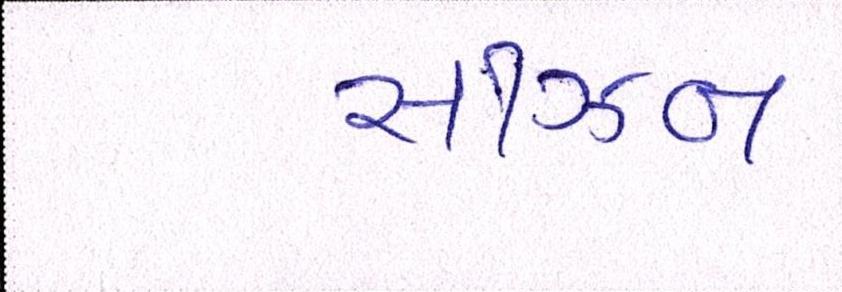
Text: સીઝન